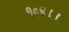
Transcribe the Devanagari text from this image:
१०४।।